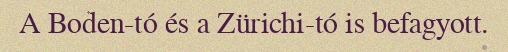
A Boden-tó és a Zürichi-tó is befagyott.